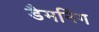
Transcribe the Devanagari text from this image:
डैमनिंग